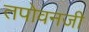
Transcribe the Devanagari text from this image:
तपोवनजी